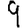
Digit: 9